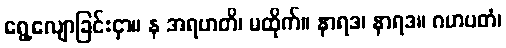
ရွေ့လျောခြင်းငှာ။ န အရဟတိ၊ မထိုက်။ နာရဒ၊ နာရဒ။ ဂဟပတံ၊